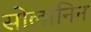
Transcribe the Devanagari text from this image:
सोलानिन